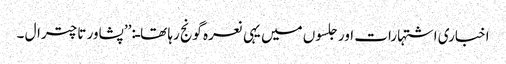
اخباری اشتہارات اور جلسوں میں یہی نعرہ گونج رہا تھاـ:’’پشاور تا چترال ۔